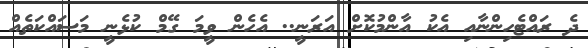
ދެ ރައްޓެހިންނާއި އެކު އާންމުކޮށް އަރަނީ.. އެހެން ވީމަ ގޭމް ކުޅެނީ މަސައްކަތެއް